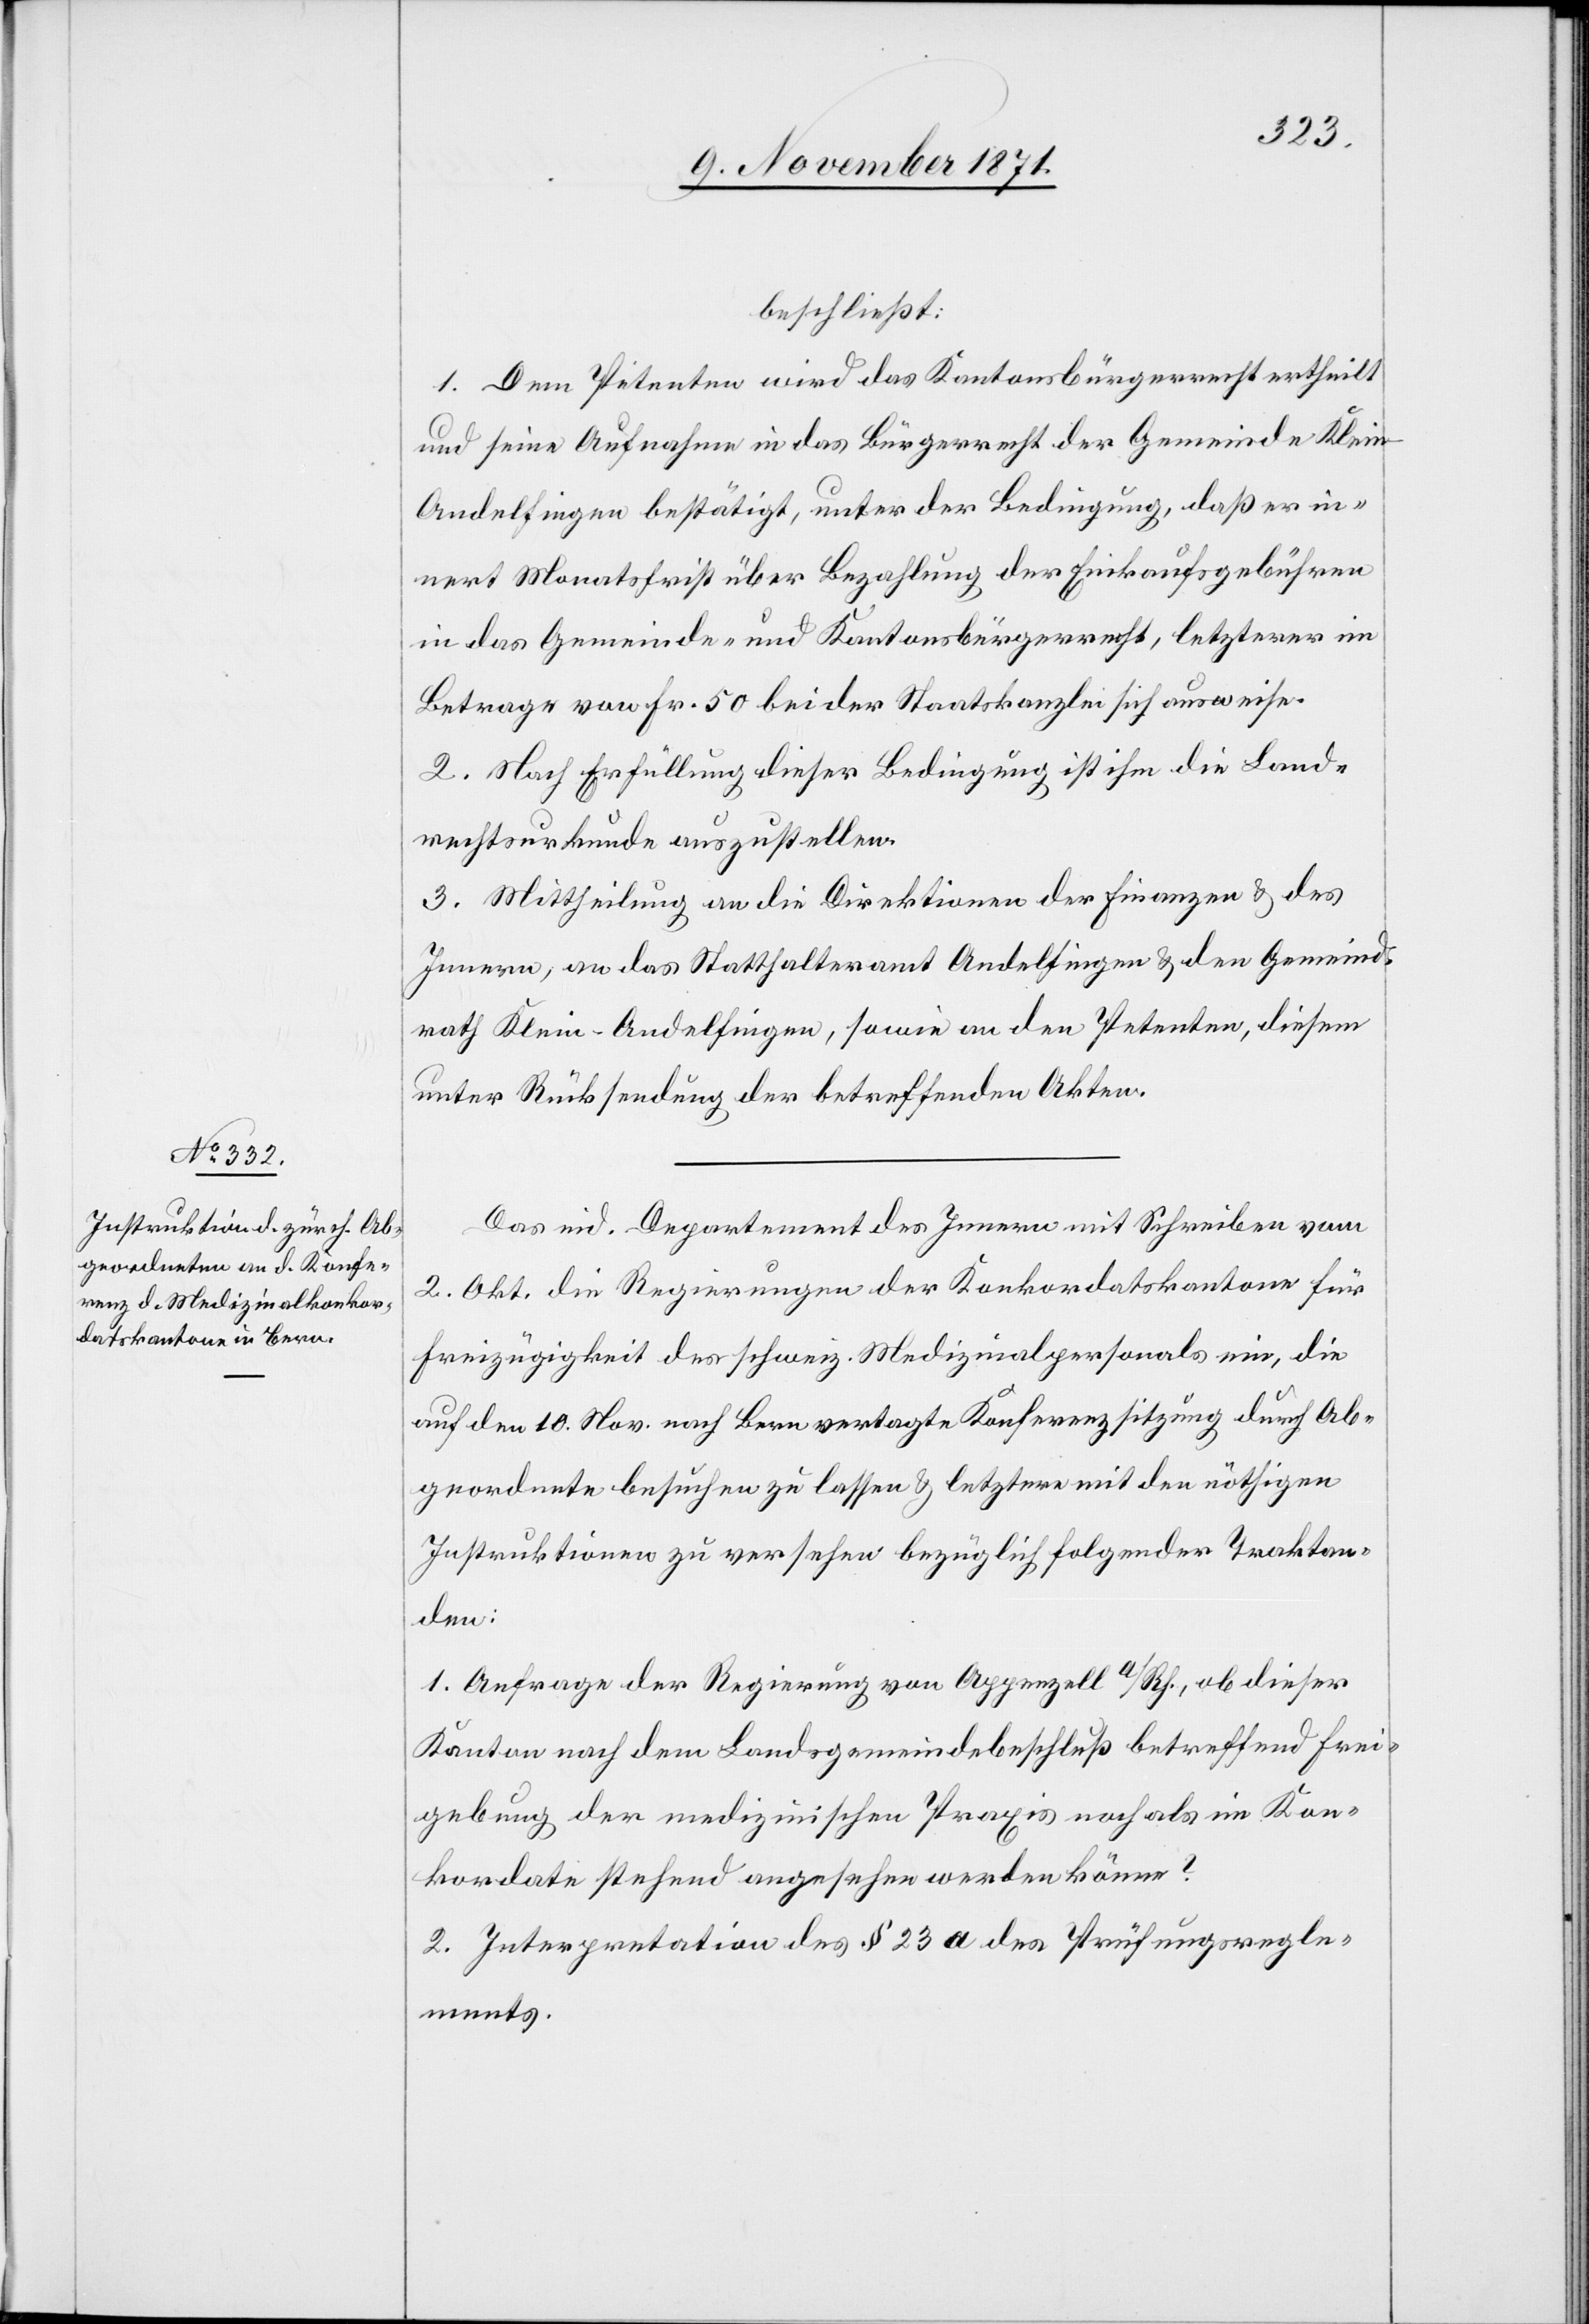
beschließt:
1. Dem Petenten wird das Kantonsbürgerrecht ertheilt
und seine Aufnahme in das Bürgerrecht der Gemeinde Klei¬
n-Andelfingen bestätigt, unter der Bedingung, daß er in¬
nert Monatsfrist über Bezahlung der Einkaufsgebühren
in das Gemeinde- und Kantonsbürgerrecht, letzterer im
Betrage von Fr. 50 bei der Staatskanzlei sich ausweise.
2. Nach Erfüllung dieser Bedingung ist ihm die Land¬
rechtsurkunde auszustellen.
3. Mittheilung an die Direktionen der Finanzen & des
Innern, an das Statthalteramt Andelfingen & den Gemeind¬
rath Klein-Andelfingen, sowie an den Petenten, diesem
unter Rücksendung der betreffenden Akten.
Das eid. Departement des Innern [lädt] mit Schreiben vom
2. Okt. die Regierungen der Konkordatskantone für
Freizügigkeit der schweiz. Medizinalpersonals ein, die
auf den 10. Nov. nach Bern vertagte Konferenzsitzung durch Ab¬
geordnete besuchen zu lassen & letztere mit den nöthigen
Instruktionen zu versehen bezüglich folgender Traktan¬
den:
1. Anfrage der Regierung von Appenzell a/Rh., ob dieser
Kanton nach dem Landsgemeindebeschluß betreffend Frei¬
gebung der medizinischen Praxis noch als im Kon¬
kordate stehend angesehen werden könne?
2. Interpretation des § 23 a des Prüfungsregle¬
ments.